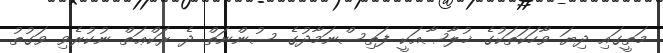
މަތީގައި ދިޔަ ވާހަކަތަކުގެ ޚުލާޞާއަކީ ފަތިސްނަމާދުގެ ސުންނަތް ދެ ރަކްޢަތް ނުކުރެވި ވަގުތު